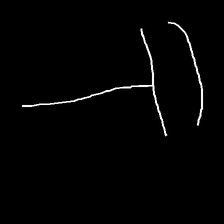
Glyph: dispersion